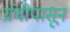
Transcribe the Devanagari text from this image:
ग्रंथीपासून